Report on the working of the mental hospitals for Indians in Bihar and Orissa - 1925-1929
Year: 1925
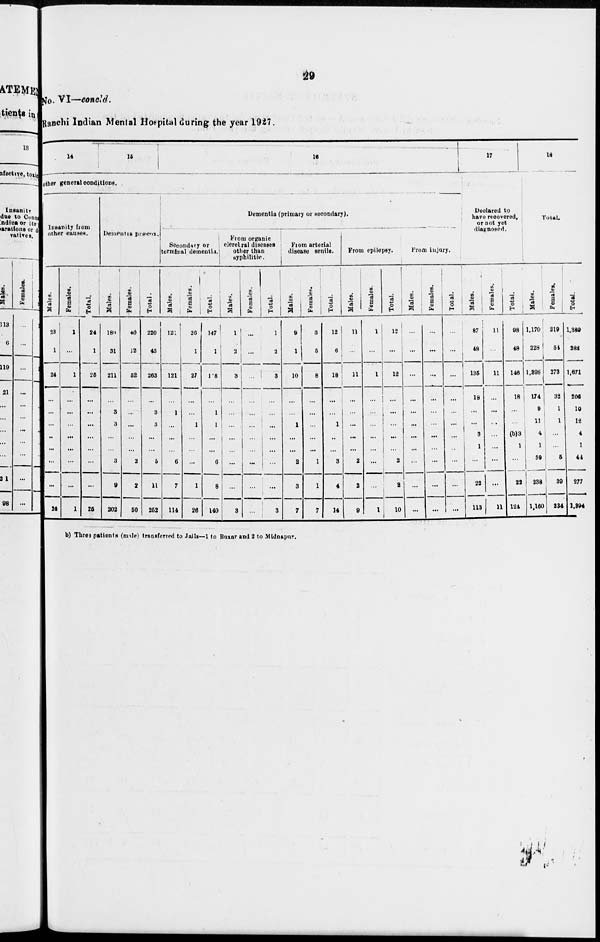
29
No. VI—concld.
Ranchi Indian Mental Hospital during the year 1927.
14
15
16
other general conditions.
Insanity from
other causes.
Males.
23
1
24
...
...
...
...
...
...
...
24
Females.
1
...
1
...
...
...
...
...
...
...
1
Total.
24
1
25
...
...
...
...
...
...
...
25
Dementia præcox.
Males.
180
31
211
...
3
3
...
...
3
9
202
Females.
40
12
52
...
...
...
...
...
2
2
50
Total.
220
43
263
...
3
3
...
...
5
11
252
Dementia (primary or secondary).
Secondary or
terminal dementia.
Males.
121
...
121
...
1
...
...
...
6
7
114
Females.
26
1
27
...
...
1
...
...
...
1
26
Total.
147
1
148
...
1
1
...
...
6
8
140
From organic
elerebral diseases
other than
syphilitic.
Males.
1
2
3
...
...
...
...
...
...
...
3
Females.
...
...
...
...
...
...
...
...
...
...
...
Total.
1
2
3
...
...
...
...
...
...
...
3
From arterial
disease senile.
Males.
9
1
10
...
...
1
...
...
2
3
7
Females.
3
5
8
...
...
...
...
...
1
1
7
Total.
12
6
18
...
...
1
...
...
3
4
14
From epilepsy.
Males.
11
...
11
...
...
...
...
...
2
2
9
Females.
1
...
1
...
...
...
...
...
...
...
1
Total.
12
...
12
...
...
...
...
...
2
2
10
From injury.
Males.
...
...
...
...
...
...
...
...
...
...
...
Females.
...
...
...
...
...
...
...
...
...
...
...
Total.
...
...
...
...
...
...
...
...
...
...
...
17
Declared to
have recovered,
or not yet
diagnosed.
Males.
87
48
135
18
...
...
3
1
...
22
113
Females.
11
...
11
...
...
...
...
...
...
...
11
Total.
98
48
146
18
...
...
(b)3
1
...
22
124
18
Total.
Males.
1,170
228
1,398
174
9
11
4
1
39
238
1,160
Females.
219
54
273
32
1
1
...
...
5
39
234
Total.
1,389
282
1,671
206
10
12
4
1
44
277
1,394
(b) Three patients (male) transferred to Jails—1 to Buxar and 2 to Midnapur.